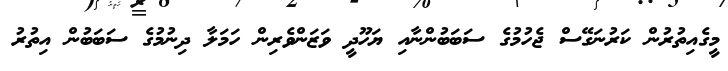
މީގެއިތުރުން ކަރުނަގޭސް ޖެހުމުގެ ސަބަބުންނާއި ޔަހޫދީ ވަޒަންވެރިން ހަމަލާ ދިނުމުގެ ސަބަބުން އިތުރު